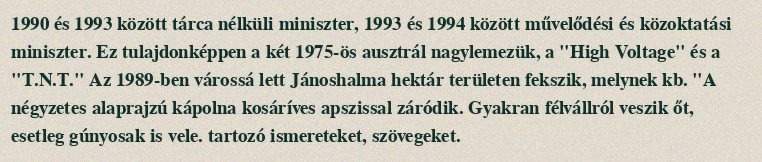
1990 és 1993 között tárca nélküli miniszter, 1993 és 1994 között művelődési és közoktatási miniszter. Ez tulajdonképpen a két 1975-ös ausztrál nagylemezük, a "High Voltage" és a "T.N.T." Az 1989-ben várossá lett Jánoshalma hektár területen fekszik, melynek kb. "A négyzetes alaprajzú kápolna kosáríves apszissal záródik. Gyakran félvállról veszik őt, esetleg gúnyosak is vele. tartozó ismereteket, szövegeket.